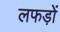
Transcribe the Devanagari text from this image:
लफड़ों